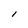
Character: l